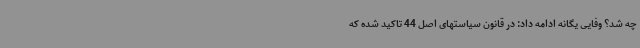
چه شد؟ وفایی یگانه ادامه داد: در قانون سیاستهای اصل 44 تاکید شده که